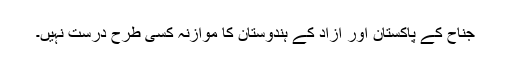
جناح کے پاکستان اور آزاد کے ہندوستان کا موازنہ کسی طرح درست نہیں۔